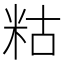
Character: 䊀